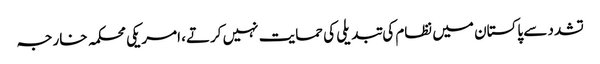
تشدد سے پاکستان میں نظام کی تبدیلی کی حمایت نہیں کرتے، امریکی محکمہ خارجہ